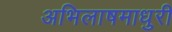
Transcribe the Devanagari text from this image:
अभिलाषमाधुरी